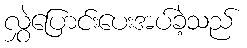
လွှဲပြောင်းပေးအပ်ခဲ့သည်